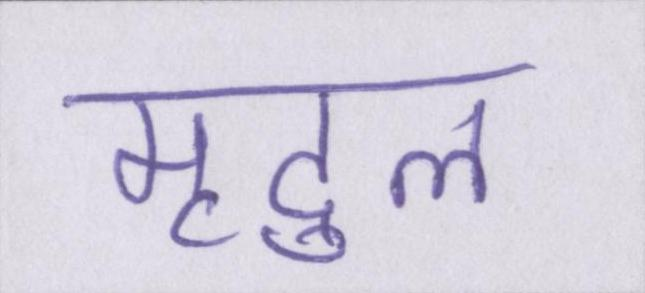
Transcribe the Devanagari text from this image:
मृदुल